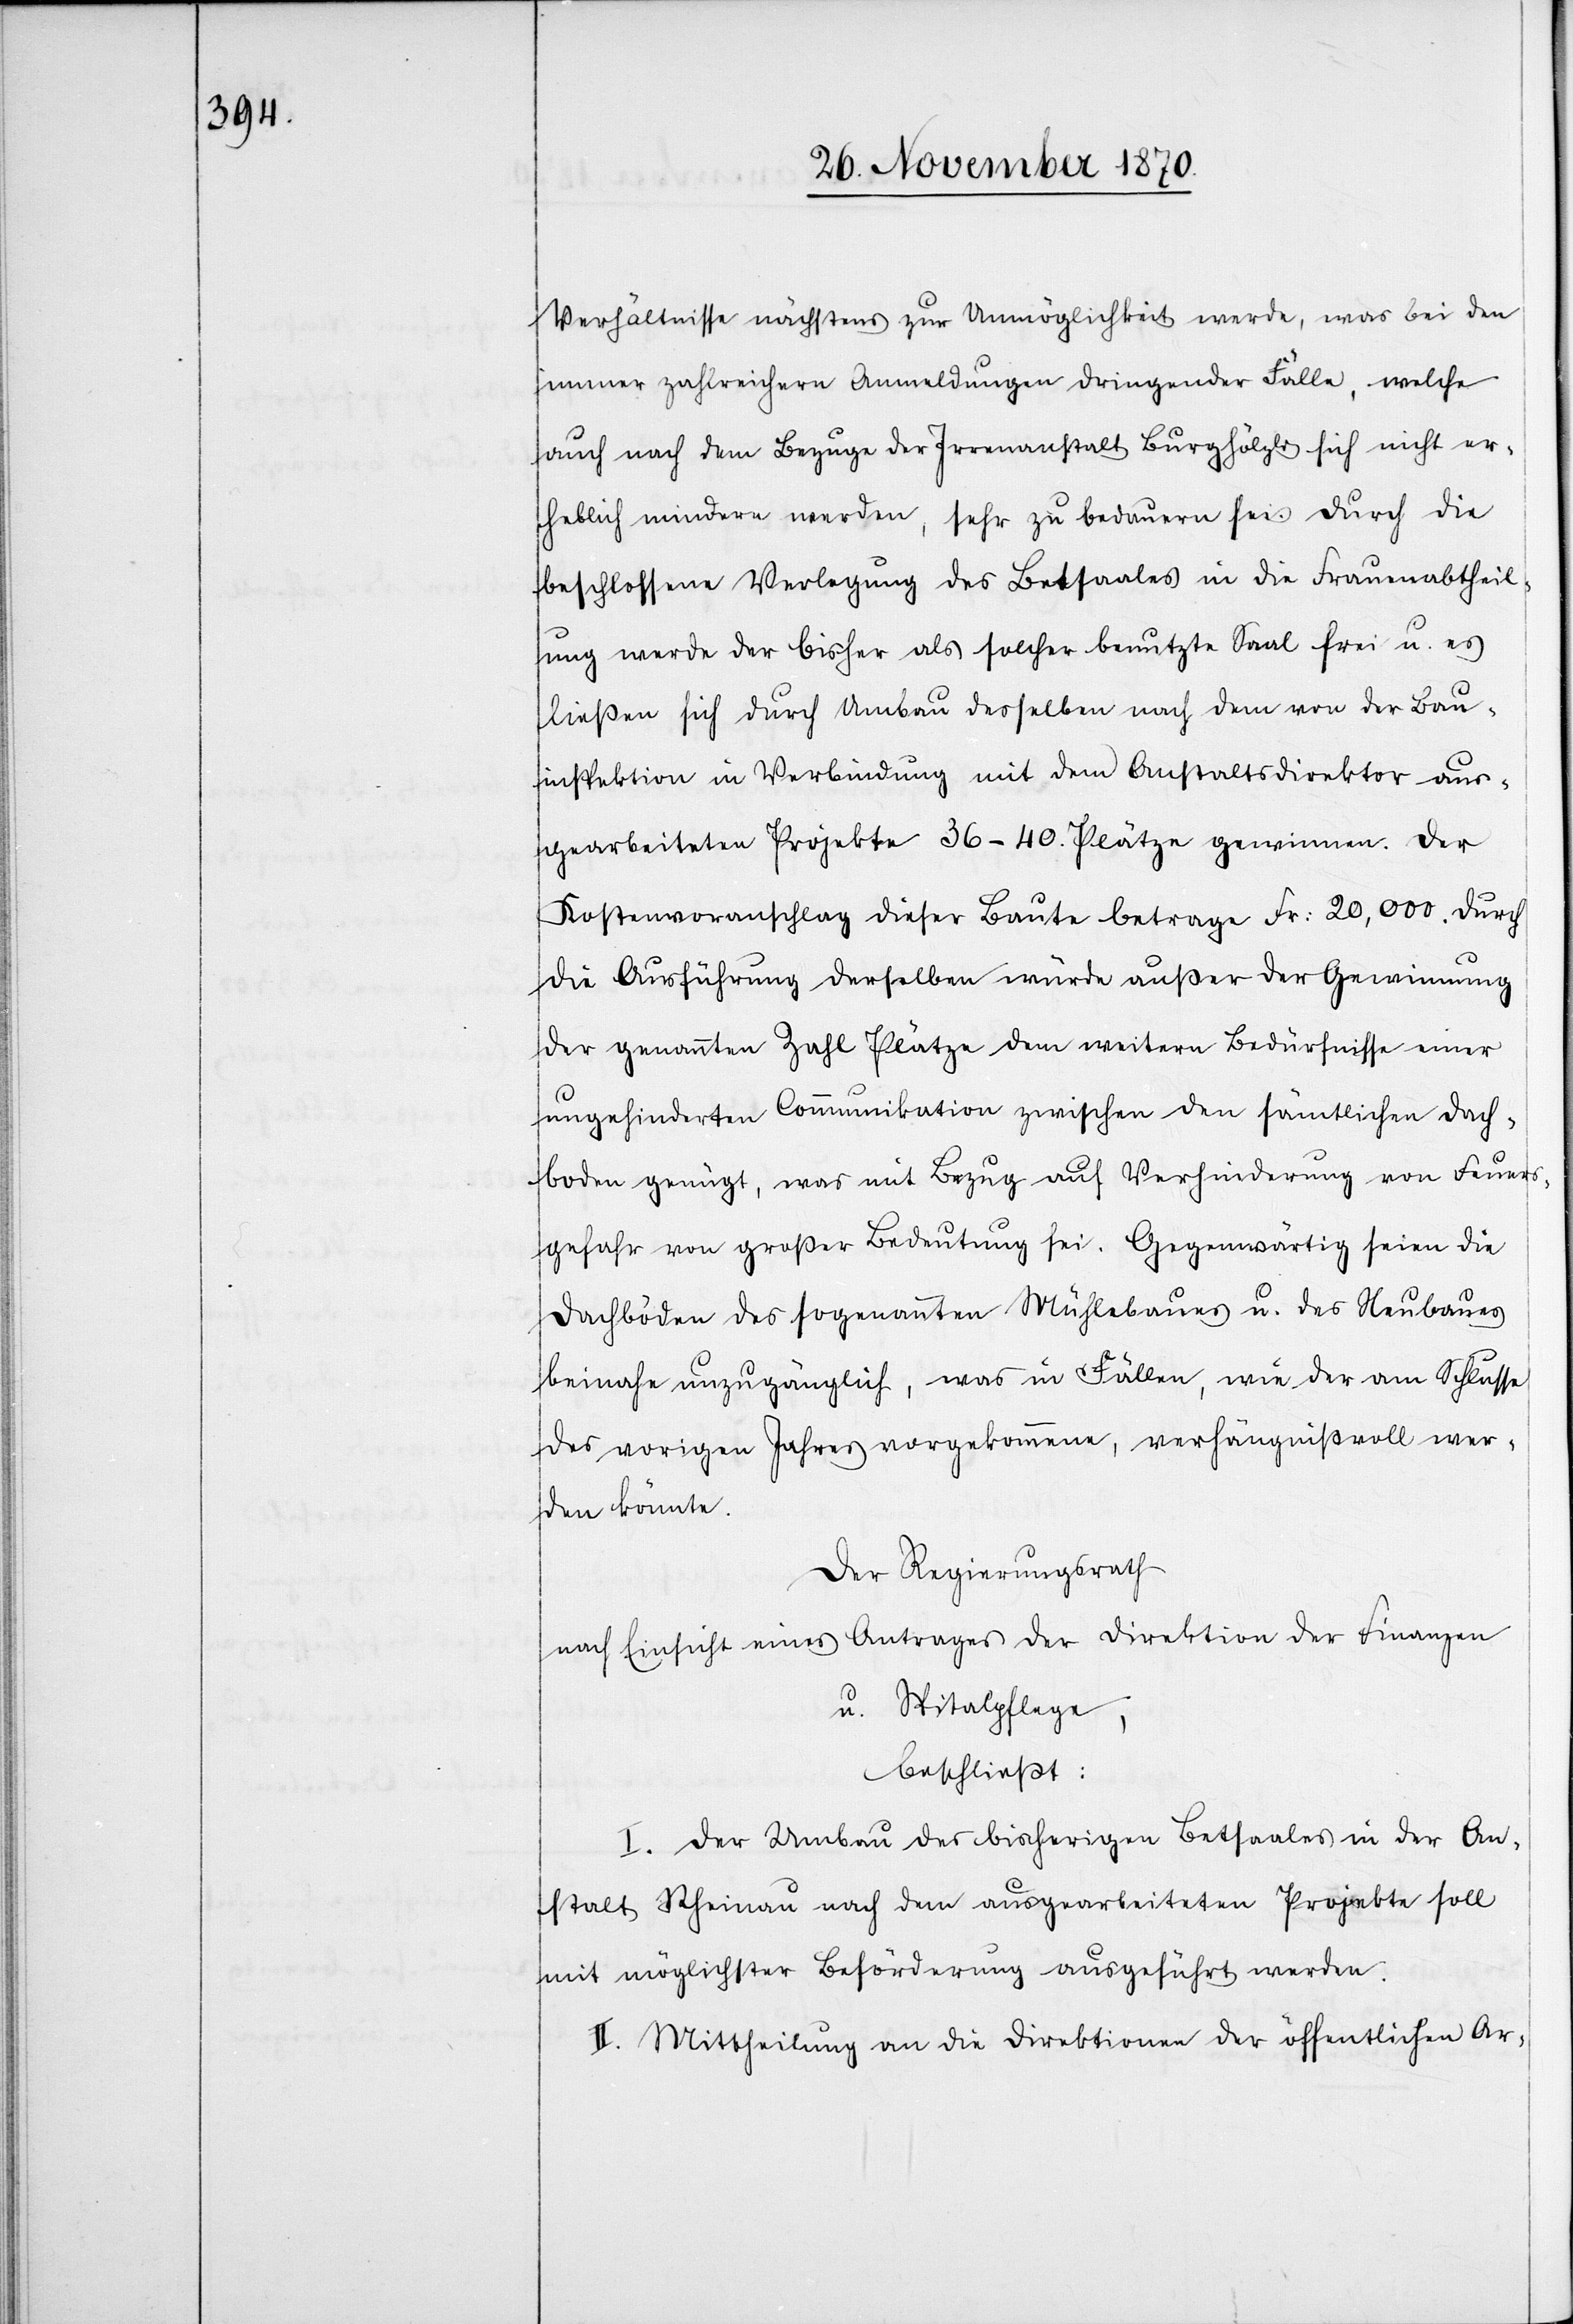
Verhältnisse nächstens zur Unmöglichkeit werde, was bei den
immer zahlreichern Anmeldungen dringender Fälle, welche
auch nach dem Bezuge der Irrenanstalt Burghölzli sich nicht er¬
heblich mindern werden, sehr zu bedauern sei durch die
beschlossene Verlegung des Bestandes in die Frauenabtheil¬
ung werde der bisher als solcher benutzte Saal frei u. es
ließen sich durch Umbau desselben nach dem von der Bau¬
inspektion in Verbindung mit dem Anstaltsdirektior aus¬
gearbeitete Projekte 36–40 Plätze gewinnen. Der
Kostenvoranschlag dieser Baute betrage Fr: 20,000. durch
die Ausführung derselben würde außer der Genemigung
der genannten Zahl Plätze dem weitern Bedürfnisse einer
ungehinderten Communikation zwischen den sämtlichen Dach¬
boden genügt, was mit Bezug auf Verhinderung von Feuer¬
gefahr von großer Bedeutung sei. Gegenwärtig seien die
Dachböden des sogenannten Mühlebaues u. des Neubaues
beinahe unzugänglich, was in Fällen, wie der am Schlusse
des vorigen Jahres vorgekommen, verhängnißvoll wer¬
den könnte.
Der Regierungsrath
nach Einsicht eines Antrages der Direktion der Finanzen
u. Spitalpflege,
beschließt:
I. Der Umbau des bisherigen Betsaales in der An¬
stalt Rheinau nach dem ausgearbeiteten Projekte soll
mit möglichster Beförderung ausgeführt werden.
II. Mittheilung an die Direktionen der öffentlichen Ar-